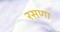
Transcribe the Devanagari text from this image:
रसणा